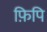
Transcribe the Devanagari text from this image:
फ़िपि